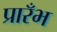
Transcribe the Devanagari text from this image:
प्रारँभ